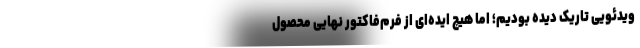
ویدئویی تاریک دیده بودیم؛ اما هیچ ایده‌ای از فرم‌فاکتور نهایی محصول